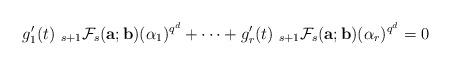
LaTeX: \begin{align*}g_1'(t)~_{s+1}\mathcal{F}_{s}({\bf a}; {\bf b})(\alpha_1)^{q^d}+\cdots+g_r'(t)~_{s+1}\mathcal{F}_{s}({\bf a}; {\bf b})(\alpha_r)^{q^d}=0\end{align*}